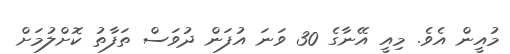
މުއީން އެވެ. މިއީ އޭނާގެ 30 ވަނަ އުފަން ދުވަސް ތަފާތު ކޮށްލުމަށް